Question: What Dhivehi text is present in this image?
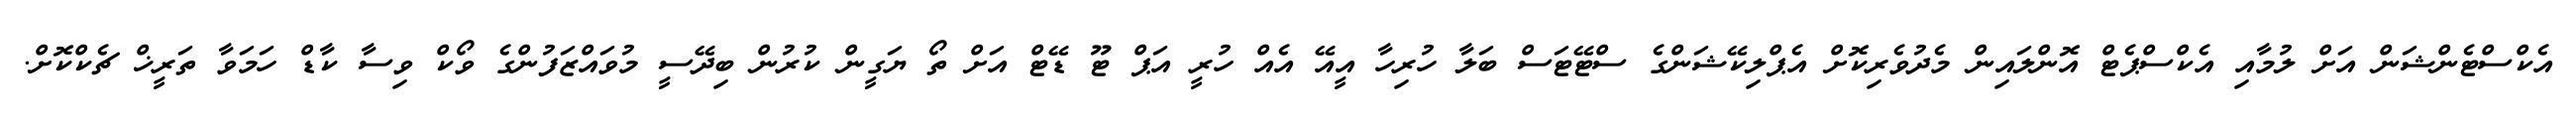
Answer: އެކްސްޓެންޝަން އަށް ލުމާއި އެކްސްޕެޓް އޮންލައިން މެދުވެރިކޮށް އެޕްލިކޭޝަންގެ ސްޓޭޓަސް ބަލާ ހުރިހާ އީއޭ އެއް ހުރީ އަޕް ޓޫ ޑޭޓް އަށް ތޯ ޔަގީން ކުރުން ބިދޭސީ މުވައްޒަފުންގެ ވޯކް ވިސާ ކާޑް ހަމަވާ ތަރީޚް ޗެކްކޮށް.